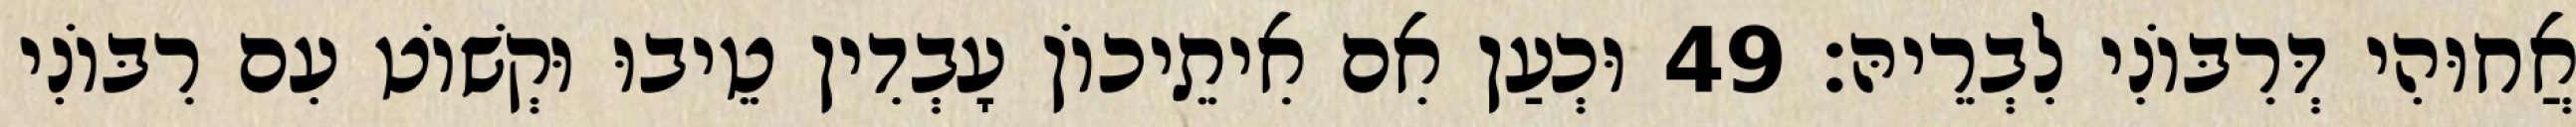
אֲחוּהִי דְּרִבּוֹנִי לִבְרֵיהּ׃ 49 וּכְעַן אִם אִיתֵיכוֹן עָבְדִין טֵיבוּ וּקְשׁוֹט עִם רִבּוֹנִי